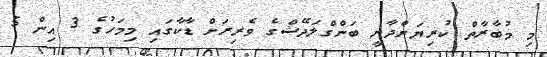
މި މުބާރާތް ކުރިޔަށްދާނީ ބަންގްލަދޭޝްގެ ވެރިރަށް ޑާކާގައި މިމަހުގެ 3 އިން 5